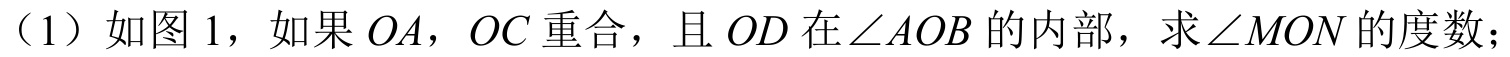
（1）如图 \(1\)，如果 \(OA\)，\(OC\)重合，且 \(OD\)在\(\angle AOB\)的内部，求\(\angle MON\)的度数；